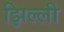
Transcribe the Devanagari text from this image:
झिल्‍ली